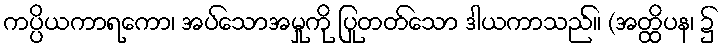
ကပ္ပိယကာရကော၊ အပ်သောအမှုကို ပြုတတ်သော ဒါယကာသည်။ (အတ္ထိပန၊ ၌